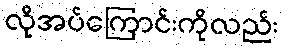
လိုအပ်ကြောင်းကိုလည်း